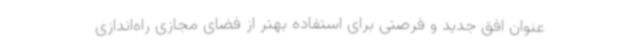
عنوان افق جدید و فرصتی برای استفاده بهتر از فضای مجازی راه‌اندازی